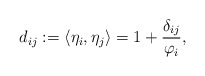
\begin{align*} d_{ij}:=\langle\eta_i,\eta_j\rangle=1+\frac{\delta_{ij}}{\varphi_i},\end{align*}